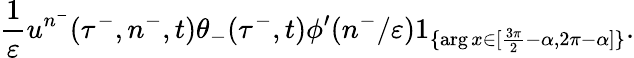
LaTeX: \frac{1}{\varepsilon}u^{n^{-}}(\tau^{-},n^{-},t)\theta_{-}(\tau^{-},t)\phi^{\prime}(n^{-}/\varepsilon)1_{\{ \arg x\in[\frac{3\pi}{2}-\alpha,2\pi-\alpha]\} }.